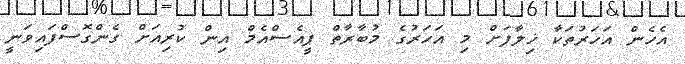
އެހެން އަހަރުތަކާ ޚިލާފަށް މި އަހަރުގެ މުބާރާތް ޕީއެސްއެމް އިން ކުރިއަށް ގެންގޮސްފައިވަނީ